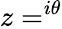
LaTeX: z=^{i\theta}